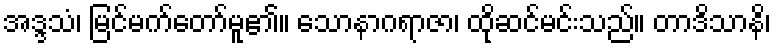
အဒ္ဒသံ၊ မြင်မက်တော်မူ၏။ သောနာဂရာဇာ၊ ထိုဆင်မင်းသည်။ တာဒိသာနိ၊